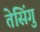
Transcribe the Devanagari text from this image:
तेसिंगु